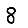
Digit: 8